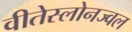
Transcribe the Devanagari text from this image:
वीतेस्लोनज्वल